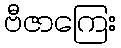
ဗီဇာကြေး